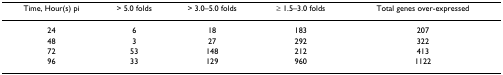
| Time, Hour(s) pi | > 5.0 folds | > 3.0–5.0 folds | ≥ 1.5–3.0 folds | Total genes over-expressed |
 | --- | --- | --- | --- | --- |
 | 24 | 6 | 18 | 183 | 207 |
 | 48 | 3 | 27 | 292 | 322 |
 | 72 | 53 | 148 | 212 | 413 |
 | 96 | 33 | 129 | 960 | 1122 |